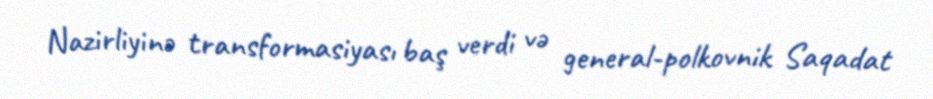
Nazirliyinə transformasiyası baş verdi və general-polkovnik Saqadat